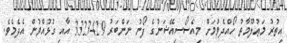
އިތުރު މަޢުލޫމާތު ހޯއްދެވުމަށް މިއެސޯސިއޭޝަނުގެ ފޯނު ނަންބަރު 3323429 އާއި ގުޅުއްވުން އެދެމެވެ.